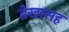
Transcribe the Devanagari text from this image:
डेखासह